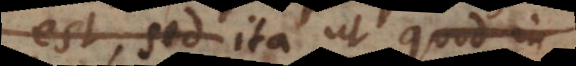
est, sed ita ut quod in